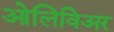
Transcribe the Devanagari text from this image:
ओलिविअर